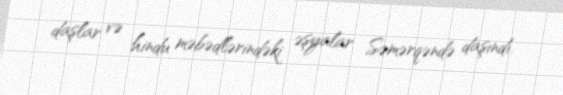
daşlar və hindu məbədlərindəki əşyalar Səmərqəndə daşındı.